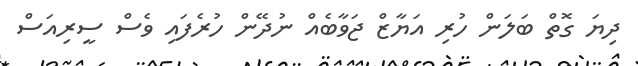
ދިޔަ ގޮތް ބަލަން ހުރި އަޔާޒް ޖަވާބެއް ނުދޭން ހުރެފައި ވެސް ސީރިއަސް